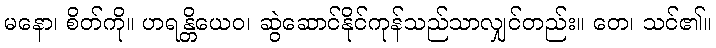
မနော၊ စိတ်ကို။ ဟရန္တိယေဝ၊ ဆွဲဆောင်နိုင်ကုန်သည်သာလျှင်တည်း။ တေ၊ သင်၏။